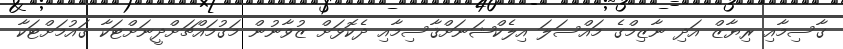
ގާސިމާއި ރިޔާޒް އަދި ނާޒިމްގެ މައްސަލަ އިލެކްޝަނަށްޤާސިމާއި ދެކޮޅަށް ޒުވާނުން މަގުމައްޗަށްދީނަށްޓަކާ ގައުމަށްޓަކާ